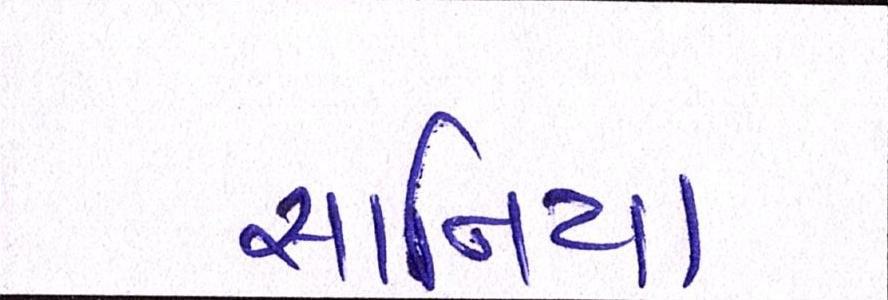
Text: સાનિયા